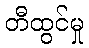
တီထွင်မှု